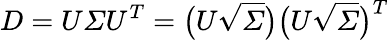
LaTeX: D=U\varSigma U^{T}=\bigl(U\sqrt{\varSigma}\bigr)\bigl(U\sqrt{\varSigma}\bigr)^{T}